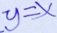
y = x